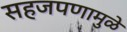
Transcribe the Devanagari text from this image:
सहजपणामुळे